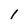
Character: 1